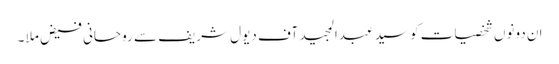
ان دونوں شخصیات کو سید عبدالمجید آف دیول شریف سے روحانی فیض ملا ۔